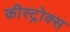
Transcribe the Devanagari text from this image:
कीस्ट्रोक्स